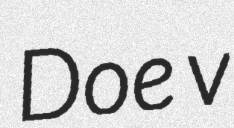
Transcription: Doe v